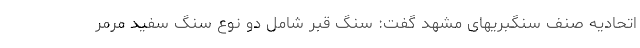
اتحادیه صنف سنگبریهای مشهد گفت: سنگ قبر شامل دو نوع سنگ سفید مرمر